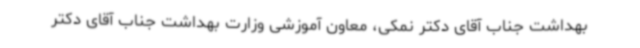
بهداشت جناب آقای دکتر نمکی، معاون آموزشی وزارت بهداشت جناب آقای دکتر